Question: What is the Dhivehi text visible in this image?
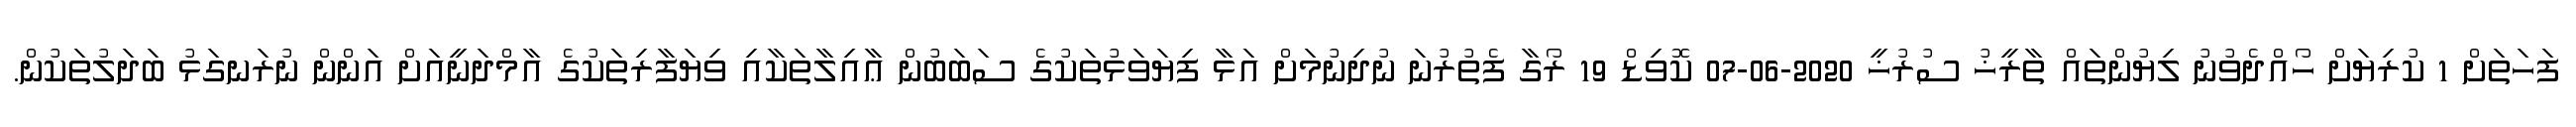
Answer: ފަހަތަށް 1 ކުރިޔަށް ހޯއްދެވުނު ލިޔުންތައް ތާރީޚު ސުރުޚީ 2020-06-07 ކޮވިޑް 19 ރޯގާ ފެތުރުނަ ނުދިނުމަށް އަޅާ ފިޔަވަޅުތަކުގެ ސަބަބުން ޢާއިލާތަކާއި ވިޔަފާރިތަކުގެ އާމްދަނީއަށް އަންން ނުރަނގަޅު ބަދަލުތަކުން.